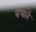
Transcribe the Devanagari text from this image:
बंधानें